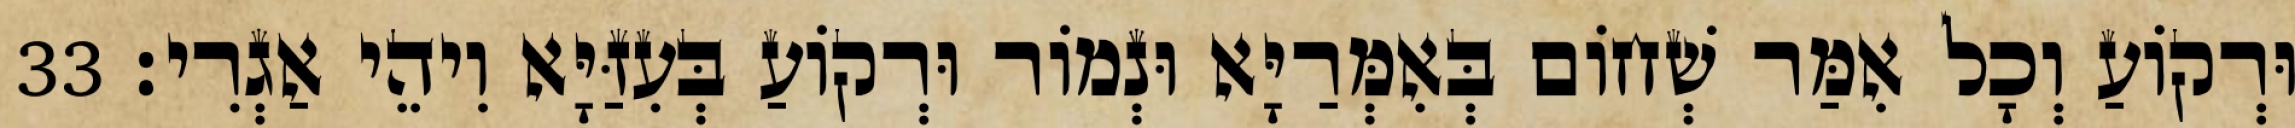
וּרְקוֹעַ וְכָל אִמַּר שְׁחוֹם בְּאִמְּרַיָּא וּנְמוֹר וּרְקוֹעַ בְּעִזַּיָּא וִיהֵי אַגְרִי׃ 33